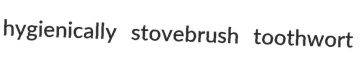
hygienically stovebrush toothwort